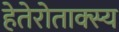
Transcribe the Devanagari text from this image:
हेतेरोताक्स्य